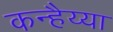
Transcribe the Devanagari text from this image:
कन्हैय्या